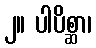
၂။ ပါပိစ္ဆာ၊